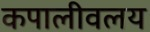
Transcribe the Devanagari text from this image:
कपालीवलय